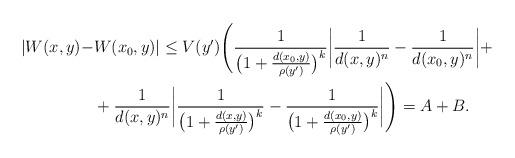
LaTeX: \begin{align*}|W(x,y) - & W(x_{0},y)| \leq V(y') \Bigg( {1\over{ \big( 1 + {{d(x_{0},y)}\over{\rho(y')}}\big)^{k} }} \bigg| {1\over{d(x,y)^{n}}}-{1\over{d(x_{0},y)^{n}}} \bigg| + \\& + {1\over{d(x,y)^{n}}} \bigg| {1\over{ \big( 1 + {{d(x,y)}\over{\rho(y')}}\big)^{k} }}-{1\over{ \big( 1 + {{d(x_{0},y)}\over{\rho(y')}}\big)^{k} }} \bigg| \Bigg) = A+B.\end{align*}